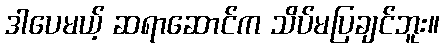
ဒါပေမယ့် ဆရာဆောင်က သိပ်မပြချင်ဘူး။